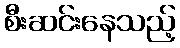
စီးဆင်းနေသည့်